Calcutta medical institutions reports 1879-81 [i.e.91]
Year: 1879
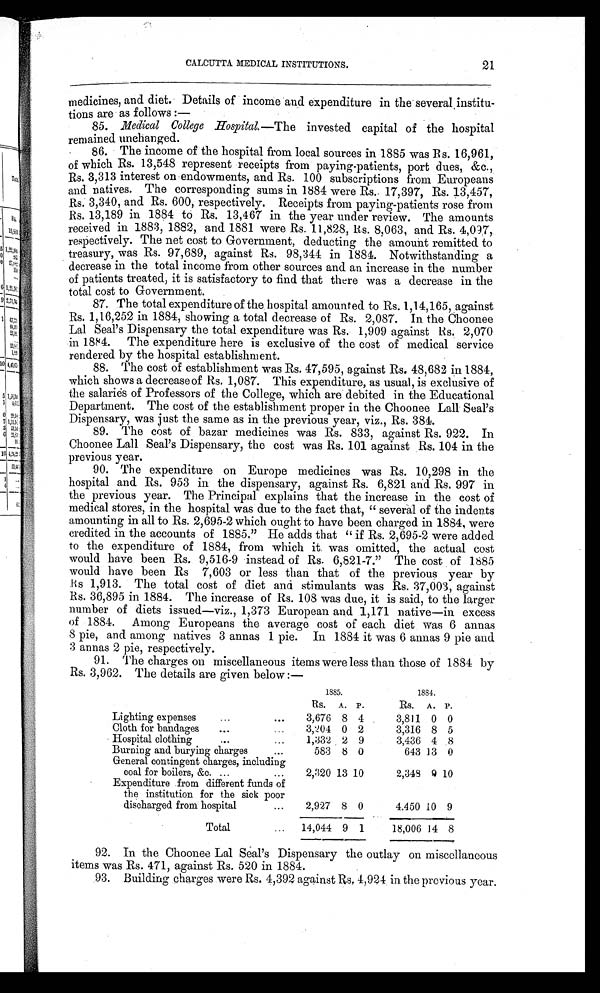
CALCUTTA MEDICAL INSTITUTIONS.
21
medicines, and diet. Details of income and expenditure in the several institu-
tions are as follows
:—
85. Medical College Hospital.—The invested capital of the hospital
remained unchanged.
86. The income of the hospital from local sources in 1885 was Rs. 16,961,
of which Rs. 13,548 represent receipts from paying-patients, port dues, &c.,
Rs. 3,313 interest on endowments, and Rs. 100 subscriptions from Europeans
and natives. The corresponding sums in 1884 were Rs. 17,397, Rs. 13,457,
Rs. 3,340, and Rs. 600, respectively. Receipts from paying-patients rose from
Rs. 13,189 in 1884 to Rs. 13,467 in the year under review. The amounts
received in 1883, 1882, and 1881 were Rs. 11,828, Rs. 8,063, and Rs. 4,097,
respectively. The net cost to Government, deducting the amount remitted to
treasury, was Rs. 97,689, against Rs. 98,344 in 1884. Notwithstanding a
decrease in the total income from other sources and an increase in the number
of patients treated, it is satisfactory to find that there was a decrease in the
total cost to Government.
87. The total expenditure of the hospital amounted to Rs. 1,14,165, against
Rs. 1,16,252 in 1884, showing a total decrease of Rs. 2,087. In the Choonee
Lal Seal's Dispensary the total expenditure was Rs. 1,909 against Rs. 2,070
in 1884. The expenditure here is exclusive of the cost of medical service
rendered by the hospital establishment.
88. The cost of establishment was Rs. 47,595, against Rs. 48,682 in 1884,
which shows a decrease of Rs. 1,087. This expenditure, as usual, is exclusive of
the salaries of Professors of the College, which are debited in the Educational
Department. The cost of the establishment proper in the Choonee Lall Seal's
Dispensary, was just the same as in the previous year, viz., Rs. 384.
89. The cost of bazar medicines was Rs. 833, against Rs. 922. In
Choonee Lall Seal's Dispensary, the cost was Rs. 101 against Rs. 104 in the
previous year.
90. The expenditure on Europe medicines was Rs. 10,298 in the
hospital and. Rs. 953 in the dispensary, against Rs. 6,821 and Rs. 997 in
the previous year. The Principal explains that the increase in the cost of
medical stores, in the hospital was due to the fact that, "several of the indents
amounting in all to Rs. 2,695-2 which ought to have been charged in 1884, were
credited in the accounts of 1885." He adds that "if Rs. 2,695-2 were added
to the expenditme of 1884, from which it was omitted, the actual cost
would have been Rs. 9,516-9 instead of Rs. 6,821-7." The cost of 1885
would have been Rs 7,603 or less than that of the previous year by
Rs 1,913. The total cost of diet and stimulants was Rs. 37,003, against
Rs. 36,895 in 1884. The increase of Rs. 108 was due, it is said, to the larger
number of diets issued—viz., 1,373 European and 1,171 native—in excess
of 1884. Among Europeans the average cost of each diet was 6 annas
8 pie, and among natives 3 annas 1 pie. In 1884 it was 6 annas 9 pie and
3 annas 2 pie, respectively.
91. The charges on miscellaneous items were less than those of 1884 by
Rs. 3,962. The details are given below :—
1885.
1884.
Rs. A. P.
Rs.
A. P.
Lighting expenses
3,676 8 4
3,811 0 0
Cloth for bandages
3,204 0 2
3,316 8 5
Hospital clothing
1,332 2 9
3,436 4 8
Burning and burying charges
583 8 0
643 13 0
General contingent charges, including
coal for boilers, &c.
2,320 13 10
2,348
9 10
Expenditure from different funds of
the institution for the sick poor
discharged from hospital
2,927 8 0
4,450 10 9
Total
14,044 9 1
18,006 14 8
92. In the Choonee Lal Seal's Dispensary the outlay on miscellaneous
items was Rs. 471, against Rs. 520 in 1884.
93. Building charges were Rs. 4,392 against Rs, 4,924 in the previous year.